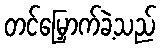
တင်မြှောက်ခဲ့သည်